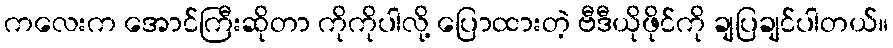
ကလေးက အောင်ကြီးဆိုတာ ကိုကိုပါလို့ ပြောထားတဲ့ ဗီဒီယိုဖိုင်ကို ချပြချင်ပါတယ်။